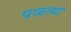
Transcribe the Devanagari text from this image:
पळत्या